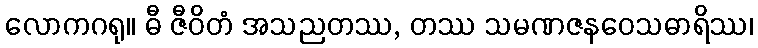
လောကဂရု။ ဓီ ဇီဝိတံ အသညတဿ, တဿ သမဏဇနဝေသဓာရိဿ၊